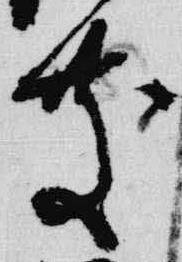
慶